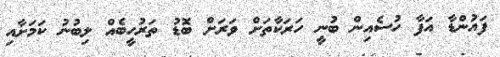
ފައުންޑާ އަފާ ހުސެއިން ބުނީ ހަރަކާތަށް ވަރަށް ބޮޑު ތަރުހީބެއް ލިބުނު ކަމަށާއި